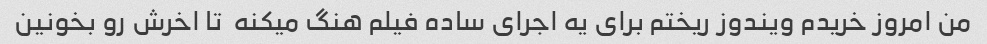
من امروز خریدم ویندوز ریختم برای یه اجرای ساده فیلم هنگ میکنه  تا اخرش رو بخونین